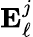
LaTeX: \mathbf{E}_{\ell}^{j}